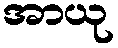
အာယု